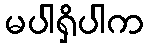
မပါရှိပါက